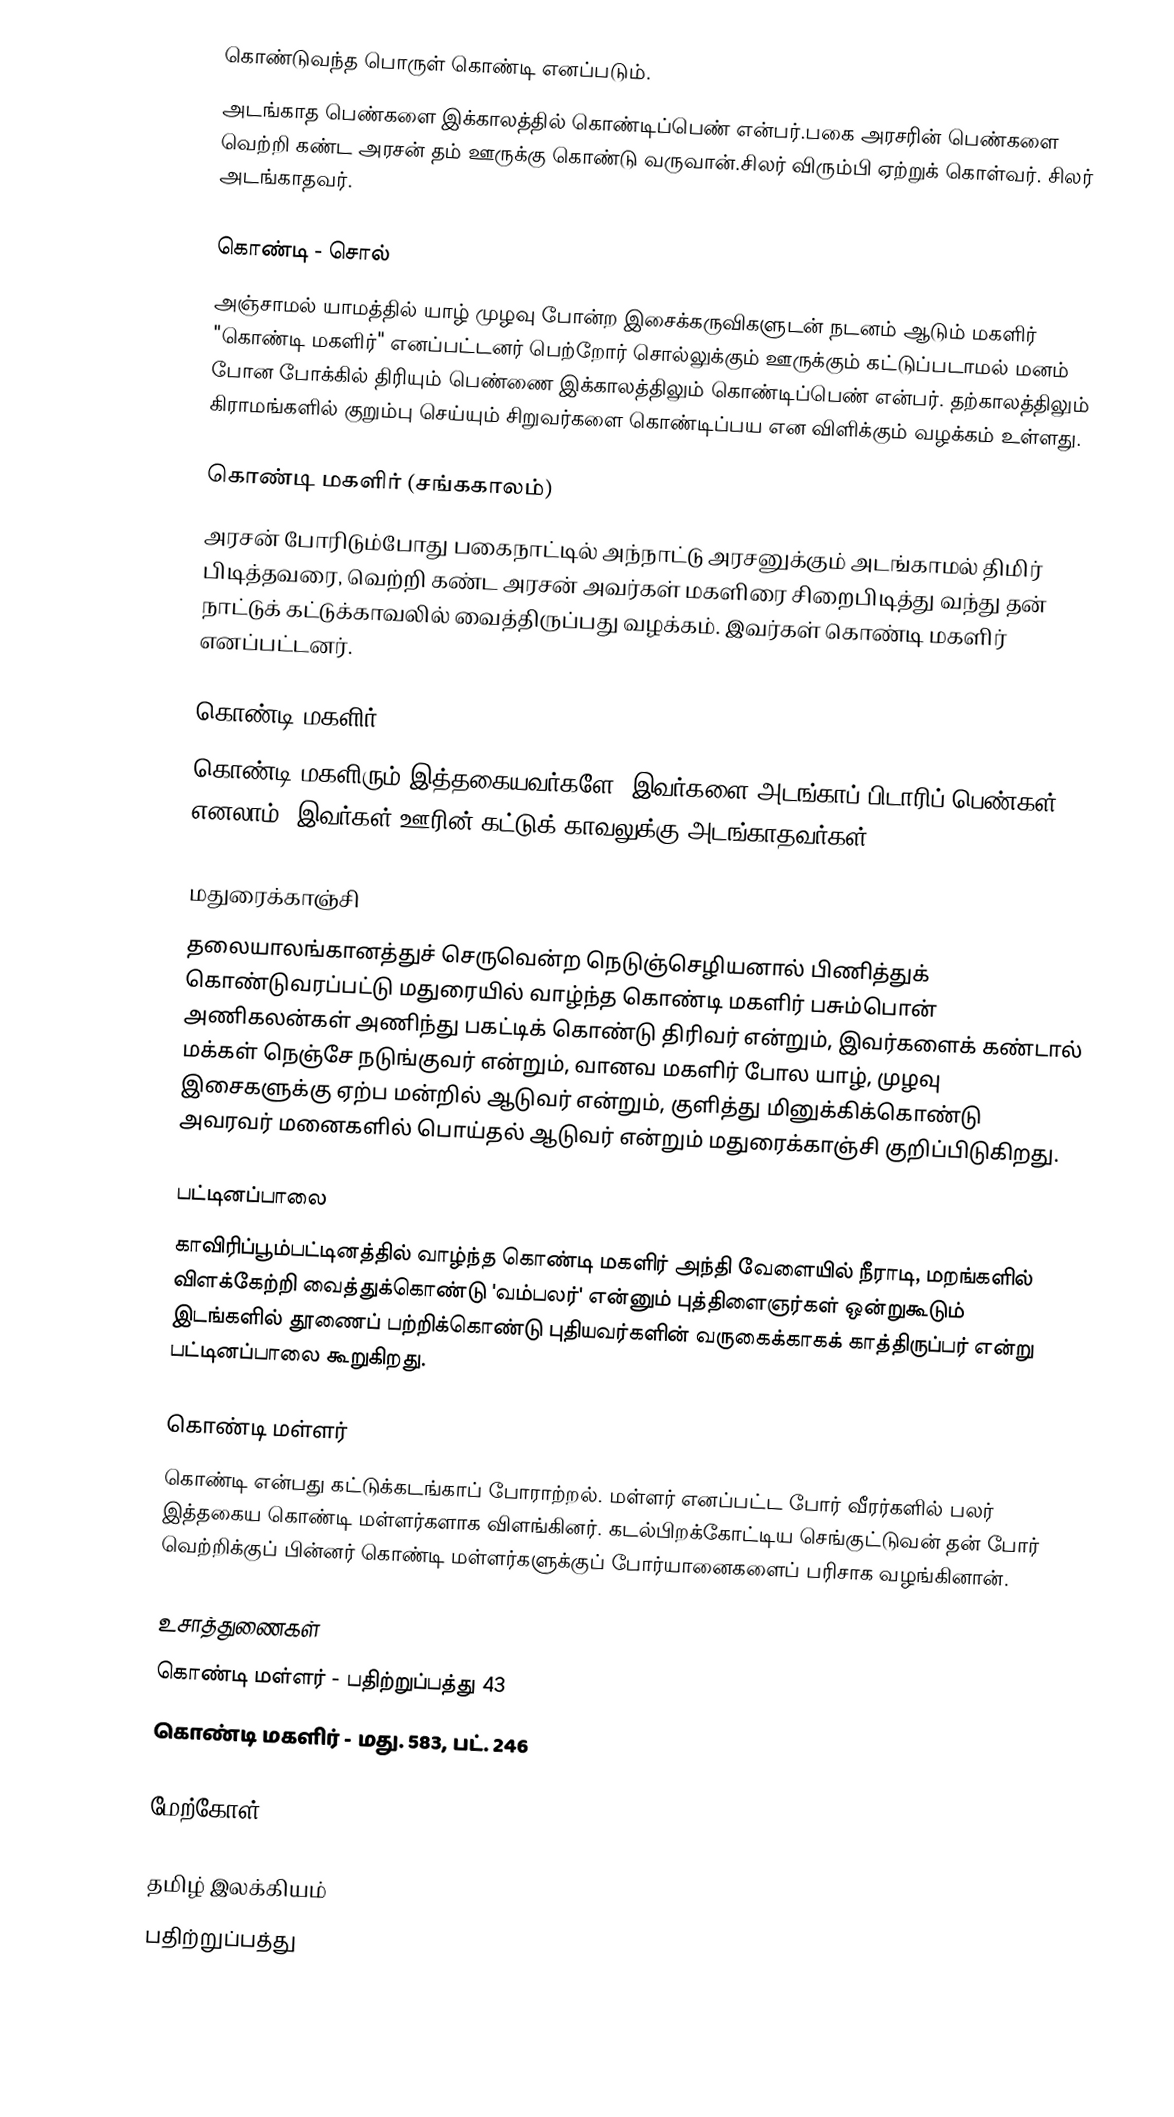
கொண்டுவந்த பொருள் கொண்டி எனப்படும்.
அடங்காத பெண்களை இக்காலத்தில் கொண்டிப்பெண் என்பர்.பகை அரசரின் பெண்களை வெற்றி கண்ட அரசன் தம் ஊருக்கு கொண்டு வருவான்.சிலர் விரும்பி ஏற்றுக் கொள்வர். சிலர் அடங்காதவர்.

கொண்டி - சொல்
அஞ்சாமல் யாமத்தில் யாழ் முழவு போன்ற இசைக்கருவிகளுடன் நடனம் ஆடும் மகளிர் "கொண்டி மகளிர்" எனப்பட்டனர்  பெற்றோர் சொல்லுக்கும் ஊருக்கும் கட்டுப்படாமல் மனம் போன போக்கில் திரியும் பெண்ணை இக்காலத்திலும் கொண்டிப்பெண் என்பர். தற்காலத்திலும் கிராமங்களில் குறும்பு செய்யும் சிறுவர்களை கொண்டிப்பய என விளிக்கும் வழக்கம் உள்ளது.

கொண்டி மகளிர் (சங்ககாலம்)
அரசன் போரிடும்போது பகைநாட்டில் அந்நாட்டு அரசனுக்கும் அடங்காமல் திமிர் பிடித்தவரை, வெற்றி கண்ட அரசன் அவர்கள் மகளிரை சிறைபிடித்து வந்து தன் நாட்டுக் கட்டுக்காவலில் வைத்திருப்பது வழக்கம். இவர்கள் கொண்டி மகளிர் எனப்பட்டனர்.

கொண்டி மகளிர்
கொண்டி மகளிரும் இத்தகையவர்களே. இவர்களை அடங்காப் பிடாரிப் பெண்கள் எனலாம். இவர்கள் ஊரின் கட்டுக் காவலுக்கு அடங்காதவர்கள்.

மதுரைக்காஞ்சி
தலையாலங்கானத்துச் செருவென்ற நெடுஞ்செழியனால் பிணித்துக் கொண்டுவரப்பட்டு மதுரையில் வாழ்ந்த கொண்டி மகளிர் பசும்பொன் அணிகலன்கள் அணிந்து பகட்டிக் கொண்டு திரிவர் என்றும், இவர்களைக் கண்டால் மக்கள் நெஞ்சே நடுங்குவர் என்றும், வானவ மகளிர் போல யாழ், முழவு இசைகளுக்கு ஏற்ப மன்றில் ஆடுவர் என்றும், குளித்து மினுக்கிக்கொண்டு அவரவர் மனைகளில் பொய்தல் ஆடுவர் என்றும் மதுரைக்காஞ்சி குறிப்பிடுகிறது.

பட்டினப்பாலை
காவிரிப்பூம்பட்டினத்தில் வாழ்ந்த கொண்டி மகளிர் அந்தி வேளையில் நீராடி, மறங்களில் விளக்கேற்றி வைத்துக்கொண்டு 'வம்பலர்' என்னும் புத்திளைஞர்கள் ஒன்றுகூடும் இடங்களில் தூணைப் பற்றிக்கொண்டு புதியவர்களின் வருகைக்காகக் காத்திருப்பர் என்று பட்டினப்பாலை கூறுகிறது.

கொண்டி மள்ளர்
கொண்டி என்பது கட்டுக்கடங்காப் போராற்றல். மள்ளர் எனப்பட்ட போர் வீரர்களில் பலர் இத்தகைய கொண்டி மள்ளர்களாக விளங்கினர். கடல்பிறக்கோட்டிய செங்குட்டுவன் தன் போர் வெற்றிக்குப்  பின்னர் கொண்டி மள்ளர்களுக்குப் போர்யானைகளைப் பரிசாக வழங்கினான்.

உசாத்துணைகள்
கொண்டி மள்ளர் - பதிற்றுப்பத்து 43
கொண்டி மகளிர் - மது. 583, பட். 246

மேற்கோள்

தமிழ் இலக்கியம்
பதிற்றுப்பத்து